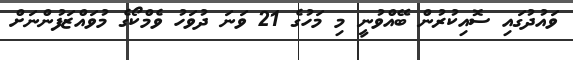
ވައުދުގައި ސޮއިކުރުން ބޭއްވުނީ މި މަހުގެ 21 ވަނަ ދުވަހު ވެމްކޯގެ މުވައްޒަފުންނަށް